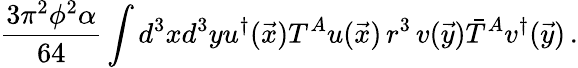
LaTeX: \frac{3\pi^{2}\phi^{2}\alpha}{64}\int d^{3}xd^{3}yu^{\dagger}(\vec{x})T^{A}u(\vec{x})\, r^{3}\, v(\vec{y})\bar{T}^{A}v^{\dagger}(\vec{y})\, .